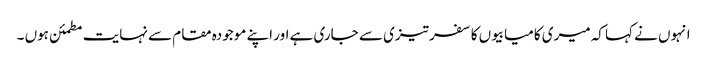
انہوں نے کہا کہ میری کامیابیوں کا سفر تیزی سے جاری ہے اور اپنے موجودہ مقام سے نہایت مطمئن ہوں ۔